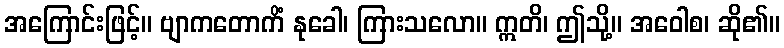
အကြောင်းဖြင့်။ ဗျာကတောကိံ နုခေါ၊ ကြားသလော။ ဣတိ၊ ဤသို့။ အဝေါစ၊ ဆို၏။